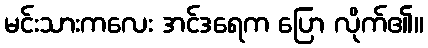
မင်းသားကလေး အင်ဒရေက ပြော လိုက်၏။